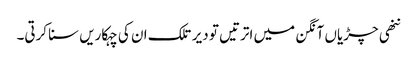
ننھی چڑیاں آنگن میں اترتیں تو دیر تلک ان کی چہکاریں سنا کرتی۔